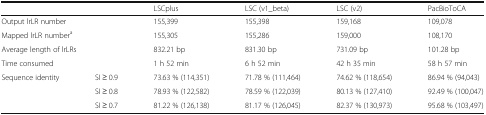
<table><thead><tr><td colspan="2"></td><td><b>LSCplus</b></td><td><b>LSC (v1_beta)</b></td><td><b>LSC (v2)</b></td><td><b>PacBioToCA</b></td></tr></thead><tbody><tr><td colspan="2">Output lrLR number</td><td>155,399</td><td>155,398</td><td>159,168</td><td>109,078</td></tr><tr><td colspan="2">Mapped lrLR number<sup>a</sup></td><td>155,305</td><td>155,286</td><td>159,000</td><td>108,170</td></tr><tr><td colspan="2">Average length of lrLRs</td><td>832.21 bp</td><td>831.30 bp</td><td>731.09 bp</td><td>101.28 bp</td></tr><tr><td>Time consumed</td><td></td><td>1 h 52 min</td><td>6 h 52 min</td><td>42 h 35 min</td><td>58 h 57 min</td></tr><tr><td rowspan="3">Sequence identity</td><td>SI ≥ 0.9</td><td>73.63 % (114,351)</td><td>71.78 % (111,464)</td><td>74.62 % (118,654)</td><td>86.94 % (94,043)</td></tr><tr><td>SI ≥ 0.8</td><td>78.93 % (122,582)</td><td>78.59 % (122,039)</td><td>80.13 % (127,410)</td><td>92.49 % (100,047)</td></tr><tr><td>SI ≥ 0.7</td><td>81.22 % (126,138)</td><td>81.17 % (126,045)</td><td>82.37 % (130,973)</td><td>95.68 % (103,497)</td></tr></tbody></table>